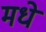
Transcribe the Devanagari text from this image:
मधे